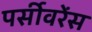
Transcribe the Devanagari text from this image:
पर्सीवरेंस